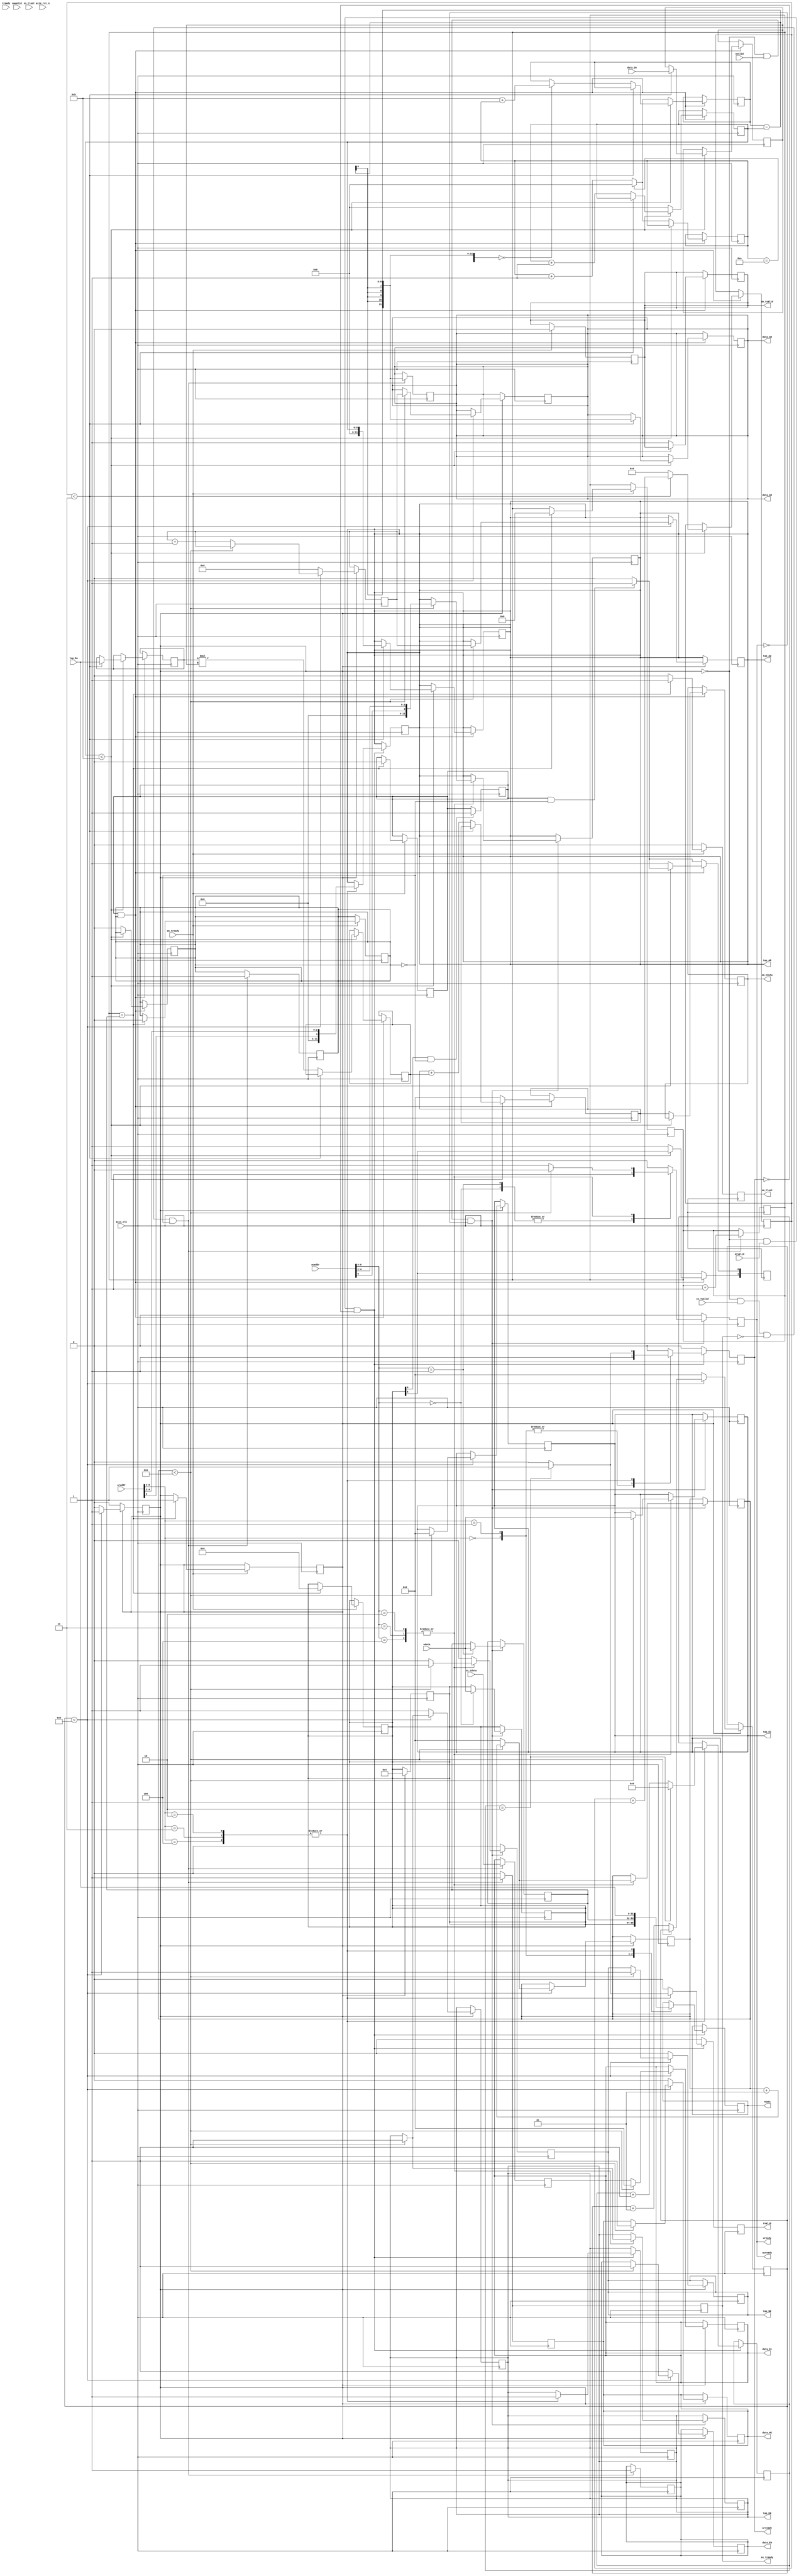
module fir 
#(  parameter pADDR_WIDTH = 12,
    parameter pDATA_WIDTH = 32,
    parameter Tape_Num    = 11
)
(
    output  wire                     awready,
    input   wire [(pADDR_WIDTH-1):0] awaddr,
    input   wire                     awvalid,
    output  wire                     wready,
    input   wire                     wvalid,
    input   wire [(pDATA_WIDTH-1):0] wdata,
    output  wire                     arready,
    input   wire                     arvalid,
    input   wire [(pADDR_WIDTH-1):0] araddr,
    input   wire                     rready,
    output  wire                     rvalid,
    output  wire [(pDATA_WIDTH-1):0] rdata, 
    
    input   wire                     ss_tvalid, 
    input   wire [(pDATA_WIDTH-1):0] ss_tdata, 
    input   wire                     ss_tlast, 
    output  wire                     ss_tready, 
    input   wire                     sm_tready, 
    output  wire                     sm_tvalid, 
    output  wire [(pDATA_WIDTH-1):0] sm_tdata, 
    output  wire                     sm_tlast, 
    
    output  wire                     tap_WE,
    output  wire                     tap_EN,
    output  wire [(pDATA_WIDTH-1):0] tap_Di,
    output  wire [(pADDR_WIDTH-1):0] tap_AW,
    output  wire [(pADDR_WIDTH-1):0] tap_AR,
    input   wire [(pDATA_WIDTH-1):0] tap_Do,
    output  wire                     data_WE,
    output  wire                     data_EN,
    output  wire [(pDATA_WIDTH-1):0] data_Di,
    output  wire [(pADDR_WIDTH-1):0] data_AW,
    output  wire [(pADDR_WIDTH-1):0] data_AR,
    input   wire [(pDATA_WIDTH-1):0] data_Do, 

    input   wire                     axis_clk,
    input   wire                     axis_rst_n
    

);
//bram initialization
reg bram_init = 1;
reg [(pADDR_WIDTH-1):0]init_adddr = 0;

//data_ram
reg data_we;
reg data_en;
reg [(pADDR_WIDTH-1):0]data_a;
reg [(pDATA_WIDTH-1):0]data_di;
assign data_WE = data_we;
assign data_EN = data_en;
assign data_AW = data_a;
assign data_AR = data_a;
assign  data_Di = data_di;

//tap_ram
reg tap_we;
reg tap_en;
reg [(pADDR_WIDTH-1):0]tap_a;
reg [(pDATA_WIDTH-1):0]tap_di;
assign tap_WE = tap_we;
assign tap_EN = tap_en;
assign tap_AW = tap_a;
assign tap_AR = tap_a;
assign tap_Di = tap_di;

//ap_ctr
reg[(pDATA_WIDTH-1):0] ap_ctr = 32'b100;

//datalength
reg [31:0]data_length = 0;

//axi lite
reg Wready=0;
reg Awready=0;
reg Arready=0;
reg Rvalid=0;
reg [(pDATA_WIDTH-1):0] Rdata;
//bram read delay
reg [4:0]delay_count = 0;
integer  bram_read_delay = 2;
assign wready = Wready;
assign awready = Awready;
assign arready = Arready;
assign rvalid = Rvalid;
assign rdata = Rdata;

//axi stream
reg Ss_tready = 0;
reg Sm_tvalid = 0;
reg Sm_tlast = 0;
reg [5:0]count = 0;
reg [11:0]data_addr = 0;
reg [5:0]shift_addr = 0;
reg [5:0]shift_addr_reg = 0;
reg [(pDATA_WIDTH-1):0] Sm_tdata;
assign ss_tready = Ss_tready;
assign sm_tdata = Sm_tdata;
assign sm_tvalid = Sm_tvalid;
assign sm_tlast = Sm_tlast;

//fir
reg [31:0]coef;
reg [31:0]data;
reg [31:0]temp = 0;
reg [31:0]result = 0;
//fir delay
reg [3:0]fir_delay = 0; 
//state
reg start = 0;
reg fir = 0;
reg [6:0]data_count = 0;

always  @(posedge  axis_clk) begin 
  ap_ctr[4] <= 1'b0; 

    if(ap_ctr[0] && !fir) start <= 1;

    if(start && !fir) ap_ctr[4] <= 1'b1;

    if(start && fir) begin
        if(count < Tape_Num)begin
            if(fir_delay < 3)begin
                tap_a <= count;
                data_a <= (shift_addr-count);
                coef <= tap_Do;
                data <= data_Do; 
                fir_delay <= fir_delay+1;end
            else begin
                fir_delay <= 0;                
                if((shift_addr-count) == 0) shift_addr = 11 + shift_addr_reg;
                count <= count+1;
                temp <= coef*data;
                result <= result+temp;end 
        end
        else begin 
        count <= 0;
            if(shift_addr_reg == 10) begin 
            shift_addr_reg <= 0;
            shift_addr <= 0;
            end
            else begin            
            shift_addr_reg <= shift_addr_reg+1;
            shift_addr <= shift_addr_reg+1;
            end
        Sm_tdata <= result;
        Sm_tvalid <= 1;
        fir <= 0;   
        //ready to recive x[n]
        ap_ctr[4] <= 1'b1;  
        //ready to send y[n]
        ap_ctr[5] <= 1'b1;  
        result <= 0;
        end
    end
end

always  @(posedge  axis_clk) begin 
Sm_tlast <= 0;
if(sm_tready) begin
    Sm_tvalid <= 0;

    //reset all state
    if(data_count == data_length) begin
        //set ap_done = 1;ap_idle = 1; (000011)
        ap_ctr <= 6;
        data_count <= 0;
        bram_init <= 1;
        fir <= 0;
        start <= 0;
        Sm_tlast <= 1;
    end
end
end

always  @(posedge  axis_clk) begin     
    if(!bram_init && ss_tvalid && !Ss_tready && !fir) begin 
        data_we <= 1'b1;
        data_en <= 1'b1;
        data_a <= shift_addr-count;
        data_di <= ss_tdata;     
        fir <= 1;  
        data_addr <= data_addr+1;
        Ss_tready <= 1; 
        data_count <= data_count+1;end
    else begin
        data_we <= 1'b0;
        Ss_tready <= 0;end
end


//axi lite write
always  @(posedge  axis_clk) begin  
    Wready <= 0; Awready <= 0; tap_we <= 1'b0; 
    if(!bram_init && wvalid && !Wready) begin   
        case(awaddr[6:4])
            3'b000: begin   
                ap_ctr <= wdata; 
                Wready <= 1; Awready <= 1;end
            3'b001: begin 
                data_length <= wdata;
                Wready <= 1; Awready <= 1;end              
            3'b010,
            3'b011,
            3'b100: begin  
                if(ram_delay < 2)begin            
                tap_we <= 1'b1;
                tap_en <= 1'b1;
                tap_a <= {8'b0,awaddr[6],awaddr[4:2]};
                tap_di <= wdata;
                ram_delay <= ram_delay+1;end
                else begin
                Wready <= 1;
                Awready <= 1;
                ram_delay <= 0;end 
            end         
            endcase 
    end
end

//axi lit read
always @(posedge axis_clk) begin
Arready <= 0;Rvalid <= 0;
if(!bram_init && arvalid && !Arready) begin   
        case(araddr[6:4])
            3'b000: begin
                Rdata <= ap_ctr; 
                Arready <= 1;end
            3'b001: begin
                Rdata <= data_length;
                Arready <= 1;end              
            3'b010,
            3'b011,
            3'b100: begin              
                tap_en <= 1'b1;
                tap_a <= {8'b0,araddr[6],araddr[4:2]};               
                Rdata <= tap_Do;
                if(delay_count == bram_read_delay)  begin
                 Arready <= 1;
                 Rvalid <= 1;
                 delay_count <= 0; end
                else delay_count <= delay_count+1;
                end          
            endcase 
end 
end


integer ram_delay =0;
//bram_initialization
integer x=0;
always @(posedge axis_clk) begin
if(bram_init) begin
    ap_ctr <= 32'b100;
    if(x<11)begin
        if(ram_delay < 2)begin
        data_we <= 1'b1; tap_we <= 1'b1;
        data_en <= 1'b1; tap_en <= 1'b1;
        data_a <= init_adddr; tap_a <= init_adddr;
        data_di <= 32'b0; tap_di <= 32'b0;
        ram_delay <= ram_delay+1;
        end
        else begin
        init_adddr <= init_adddr+1;
        x <= x+1;
        ram_delay <= 0; end   
    end
    else begin
        x <= 0;
        bram_init <= 0;
        data_we = 1'b0; tap_we = 1'b0;
        data_en = 1'b1; tap_en = 1'b1;
        init_adddr <= 0;end
end
end


endmodule